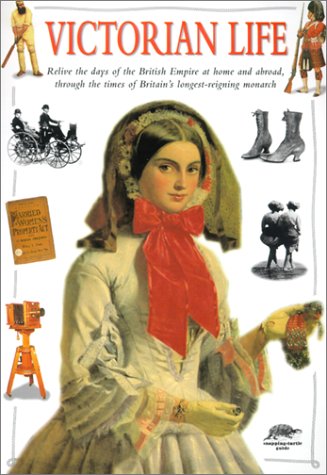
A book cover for Victorian Life; John A. Guy; Children's Books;